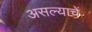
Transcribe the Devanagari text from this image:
असल्याचें